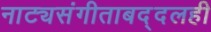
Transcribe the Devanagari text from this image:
नाट्यसंगीताबद्दलही